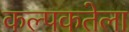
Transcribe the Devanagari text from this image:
कल्पकतेला